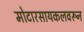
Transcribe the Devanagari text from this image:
मोटारसायकलवरून